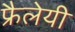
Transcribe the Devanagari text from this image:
फ्रैलेयी